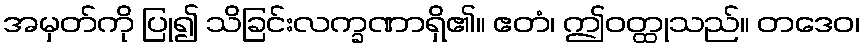
အမှတ်ကို ပြု၍ သိခြင်းလက္ခဏာရှိ၏။ ဧတံ၊ ဤဝတ္ထုသည်။ တဒေဝ၊